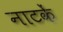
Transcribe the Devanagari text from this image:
नाटकें